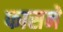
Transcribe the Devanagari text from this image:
फासने